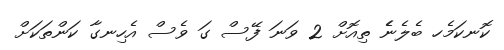
ކޮނކަމެހ ބެލެނެެ ތިއޮށް 2 ވަނަ ފޭސް ގަ ވެސް އެހިނގާ ކަންތަކަށް